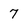
Character: 7